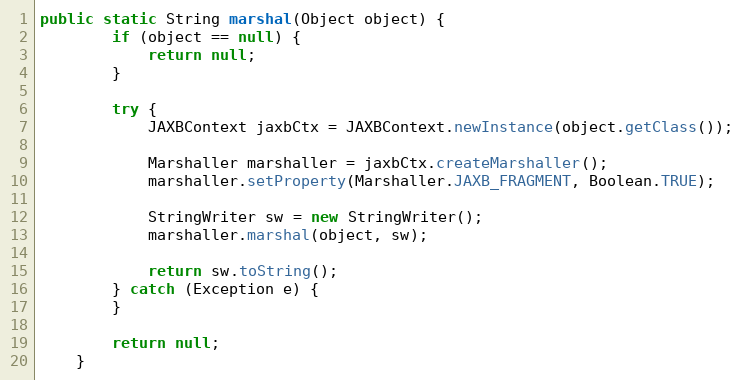
Language: Java
public static String marshal(Object object) {
        if (object == null) {
            return null;
        }

        try {
            JAXBContext jaxbCtx = JAXBContext.newInstance(object.getClass());

            Marshaller marshaller = jaxbCtx.createMarshaller();
            marshaller.setProperty(Marshaller.JAXB_FRAGMENT, Boolean.TRUE);

            StringWriter sw = new StringWriter();
            marshaller.marshal(object, sw);

            return sw.toString();
        } catch (Exception e) {
        }

        return null;
    }